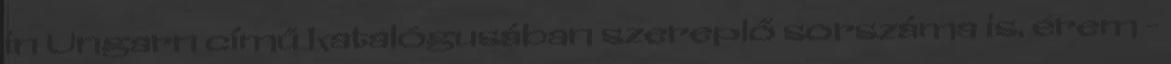
in Ungarn című katalógusában szereplő sorszáma is. érem -